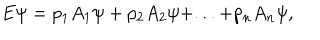
LaTeX: E \psi = p _ { 1 } A _ { 1 } \psi + p _ { 2 } A _ { 2 } \psi + . . . + p _ { n } A _ { n } \psi ,